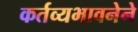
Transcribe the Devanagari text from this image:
कर्तव्यभावनेने